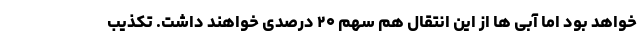
خواهد بود اما آبی ها از این انتقال هم سهم ۲۰ درصدی خواهند داشت. تکذیب